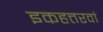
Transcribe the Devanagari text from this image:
इकहत्तरवां